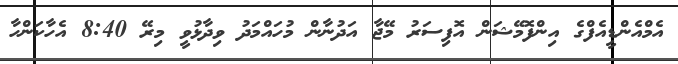
އެމްއެންޑީއެފްގެ އިންފޮމޭޝަން އޮފިސަރު މޭޖާ އަދުނާން މުހައްމަދު ވިދާޅުވީ މިރޭ 8:40 އެހާކަންހާ